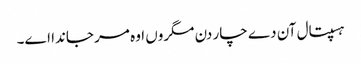
ہسپتال آن دے چار دن مگروں اوہ مر جاندا اے۔